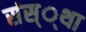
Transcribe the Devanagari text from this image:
संस््था